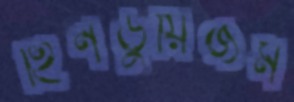
হিনডুয়িজম